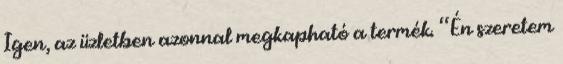
Igen, az üzletben azonnal megkapható a termék. “Én szeretem